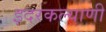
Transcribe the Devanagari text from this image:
इदरकल्याणी